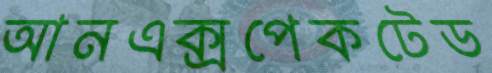
আনএক্সপেকটেড